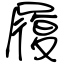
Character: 履